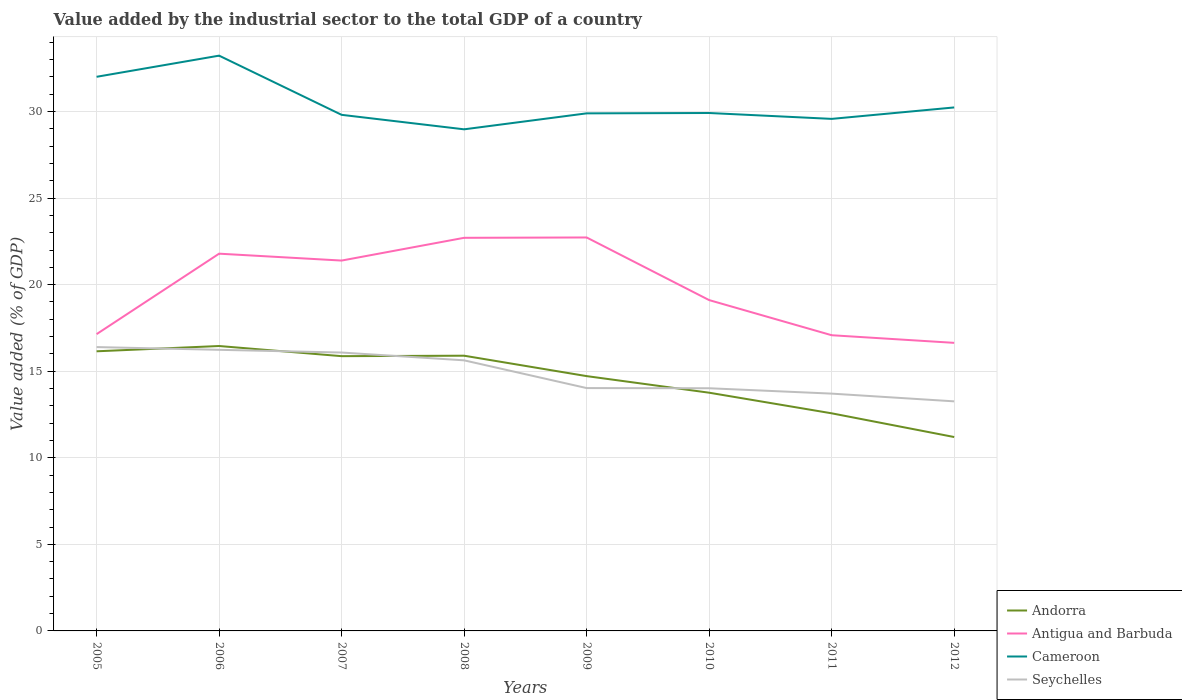
| Years | Andorra | Antigua and Barbuda | Cameroon | Seychelles |
 | --- | --- | --- | --- | --- |
 | 2005 | 16.2 | 17.1 | 32 | 16.4 |
 | 2006 | 16.5 | 21.8 | 33.2 | 16.2 |
 | 2007 | 15.9 | 21.4 | 29.8 | 16.1 |
 | 2008 | 15.9 | 22.7 | 29 | 15.6 |
 | 2009 | 14.7 | 22.7 | 29.9 | 14 |
 | 2010 | 13.8 | 19.1 | 29.9 | 14 |
 | 2011 | 12.6 | 17.1 | 29.6 | 13.7 |
 | 2012 | 11.2 | 16.6 | 30.2 | 13.3 |